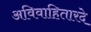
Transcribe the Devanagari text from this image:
अविवाहितारदे